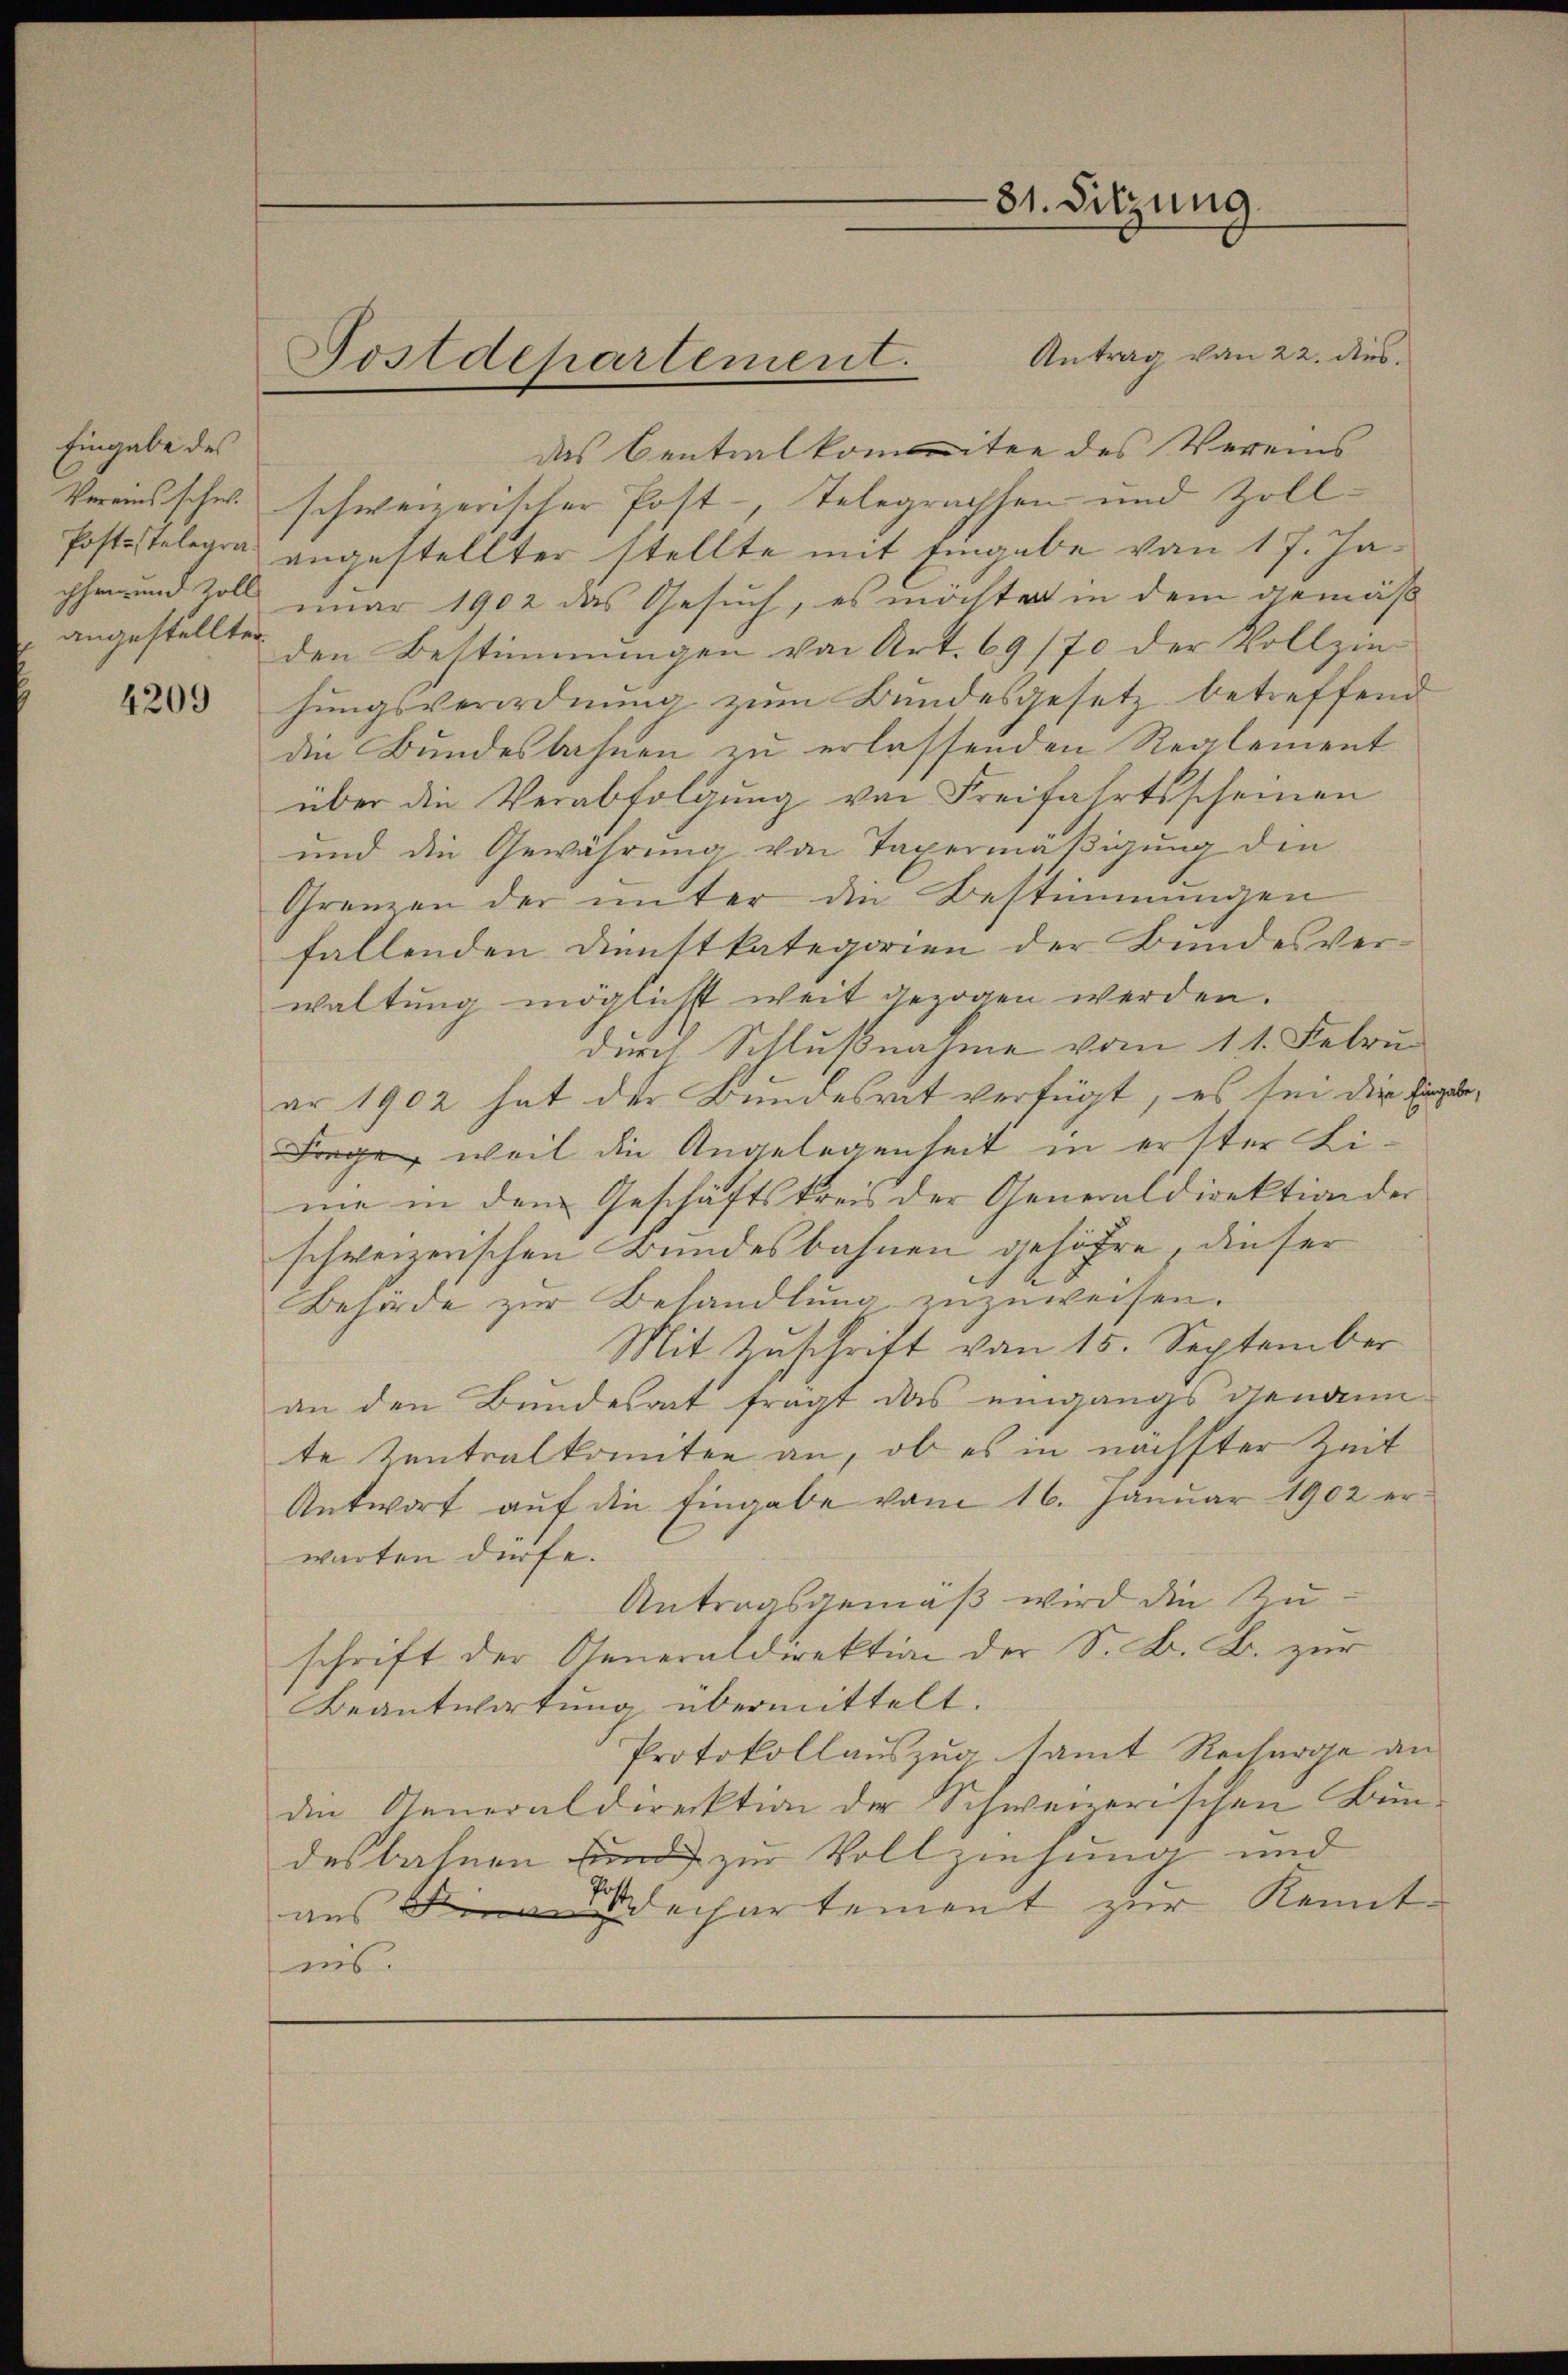
Eingabe des
Vereins schw.
chen und Zoll

4209

Antrag von 22. dies
das Centralkommitee des Vereins
schweizerischer Post-, Telegrachsen und Zoll¬
Poststelegra angestellter stellte mit Eingabe von 17. Januar 1902 das Gesuch, es möchter in dem gemäß
angestellten den Bestimmungen von Art. 69/70 der Vollziehungsverordnung zum Bundesgesetz betreffend
die Bundesbahnen zu erlassenden Reglement
über die Verabfolgung von Freifahrtsscheinen
und die Gewährung von Taxermäßigung den
Grenzen der ŭnter die Bestimmungen
fallenden Dienstkategorien der Bundesver-
waltung möglichst weit gezogen werden.
durch Schlußnahme vom 11. Febru
ar 1902 hat der Bundesrat verfügt, es sei die Einge¬
Frage, weil die Angelegenheit in erster Lime in dem Geschäftskreis der Generaldirektion der
schweizerischen Bundesbahnen gehöhre, dieser
Behörde zur Behandlung zuzuweisen.
Mit Zuschrift von 15. September
an den Bundesrat fragt das eingangs diendan
te tentralkomiten an, ob es in nächster Zeit
Antwort aŭf die Eingabe vom 16. Januar 1902 er-
warten dürfe.
Antragsgemäß wird die Zuschrift der Generaldirektion der S. B. B. zur
Beantwortung übermittelt.
Protokollauszug samt Recharge an
die Generaldirektion der Schweizerischen Bun-
desbahnen zur Vollziehung und
aus dechartement zur Kenntnis.

Postdepartement.

81. Sitzung